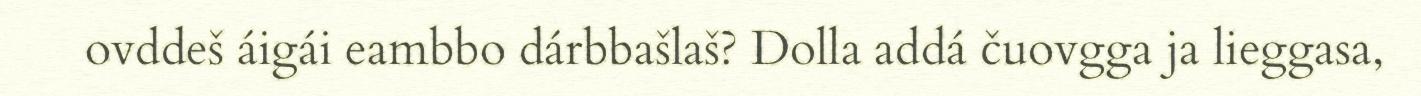
ovddeš áigái eambbo dárbbašlaš? Dolla addá čuovgga ja lieggasa,